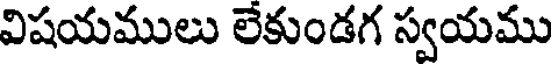
విషయములు లేకుండగ స్వయము